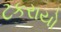
ટકરાયો